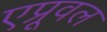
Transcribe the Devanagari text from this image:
एप्रूवल